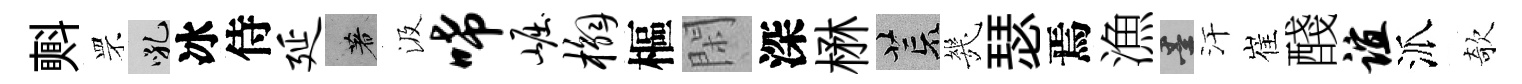
㪺罘吼冰侍延著汲唏崛槲樞閑深楙荒㡬瑟焉漁墨汗崔醆谊派欹